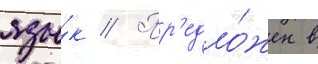
язы́к // Пр'едло́жен в